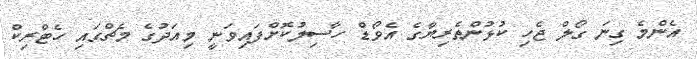
އެންމެ ގިނަ ގޯލް ޖެހި ކުޅުންތެރިޔާގެ އެވޯޑް ހާސިލުކޮށްފައިވަނީ މިއަދުގެ މެޗްގައި ހެޓްރިކް